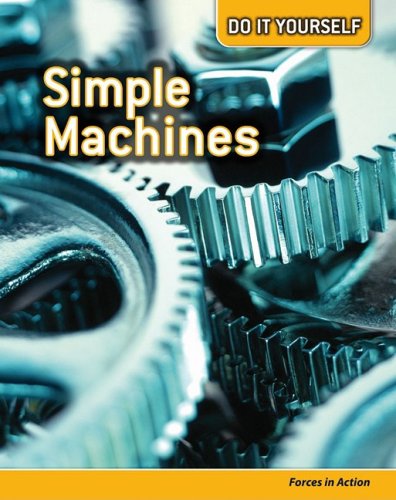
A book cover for Simple Machines: Forces in Action (Do It Yourself); Buffy Silverman; Children's Books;